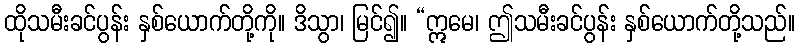
ထိုသမီးခင်ပွန်း နှစ်ယောက်တို့ကို။ ဒိသွာ၊ မြင်၍။ “ဣမေ၊ ဤသမီးခင်ပွန်း နှစ်ယောက်တို့သည်။